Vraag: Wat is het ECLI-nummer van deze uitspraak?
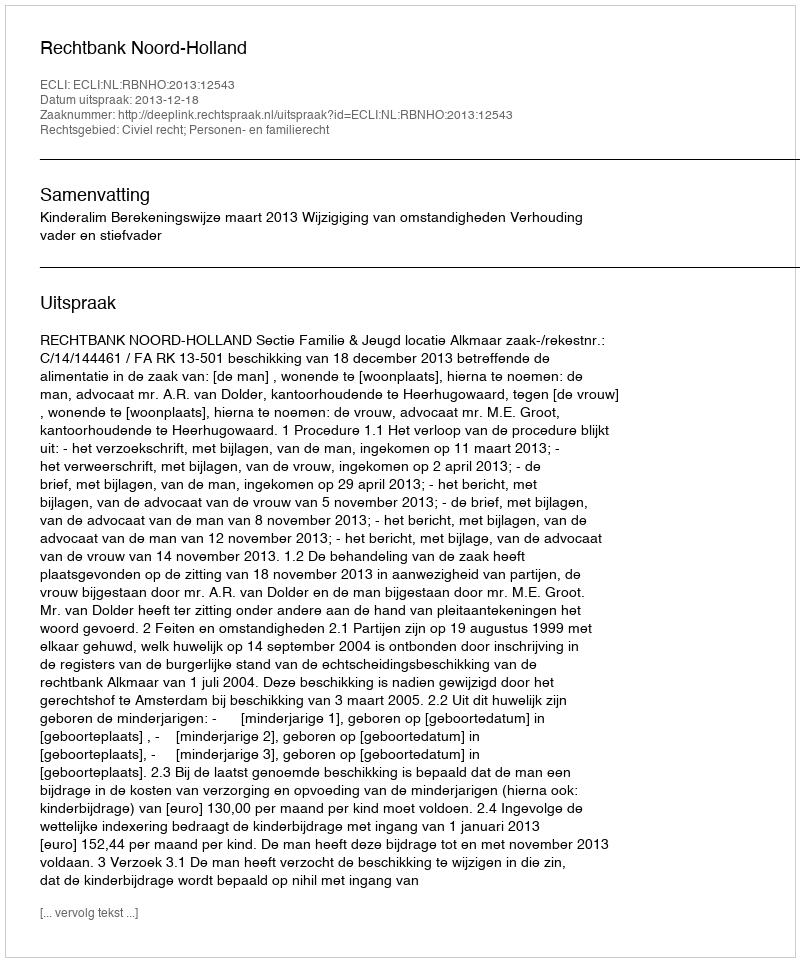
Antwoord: ECLI:NL:RBNHO:2013:12543